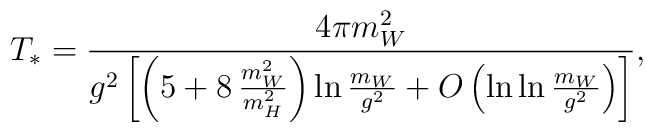
T_*=\frac{4\pi m_W^2}{g^2\left[\left(5+8\,\frac{m_W^2}{m_H^2}\right)\ln\frac{m_W}{g^2} +O\left(\ln\ln\frac{m_W}{g^2}\right)\right]},